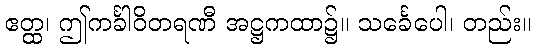
ဧတ္ထ၊ ဤကင်္ခါဝိတရဏီ အဋ္ဌကထာ၌။ သင်္ခေပေါ၊ တည်း။